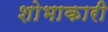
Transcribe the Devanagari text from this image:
शोभाकारी